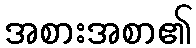
အစားအစာ၏